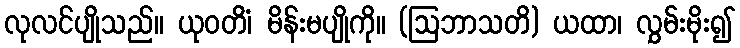
လုလင်ပျိုသည်။ ယုဝတိံ၊ မိန်းမပျိုကို။ (ဩဘာသတိ) ယထာ၊ လွှမ်းမိုး၍